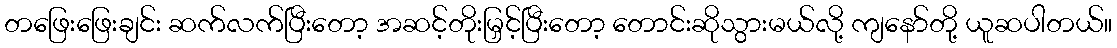
တဖြေးဖြေးချင်း ဆက်လက်ပြီးတော့ အဆင့်တိုးမြှင့်ပြီးတော့ တောင်းဆိုသွားမယ်လို့ ကျနော်တို့ ယူဆပါတယ်။